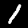
Label: 1